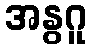
အနွဂူ